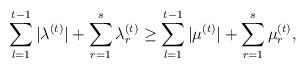
LaTeX: \begin{align*} \sum_{l=1}^{t-1}|\lambda^{(t)}| + \sum_{r=1}^s\lambda^{(t)}_r \ge\sum_{l=1}^{t-1}|\mu^{(t)}| + \sum_{r=1}^s\mu^{(t)}_r, \qquad\end{align*}